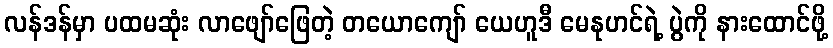
လန်ဒန်မှာ ပထမဆုံး လာဖျော်ဖြေတဲ့ တယောကျော် ယေဟူဒီ မေနုဟင်ရဲ့ ပွဲကို နားထောင်ဖို့